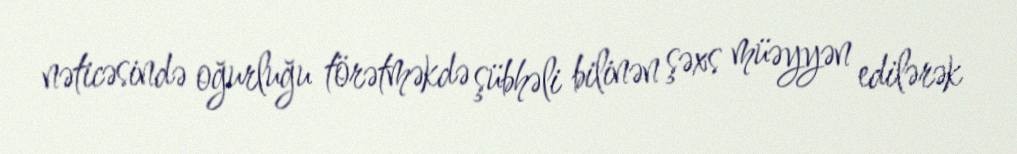
nəticəsində oğurluğu törətməkdə şübhəli bilinən şəxs müəyyən edilərək